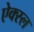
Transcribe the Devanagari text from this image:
ऐक्स्ल